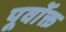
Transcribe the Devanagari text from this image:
पूर्वाेक्त